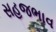
સહજભાવ